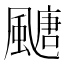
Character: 𩘜